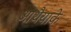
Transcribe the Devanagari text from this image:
आथैयाके